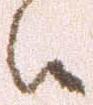
候